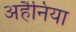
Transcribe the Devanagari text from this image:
अहैनिया